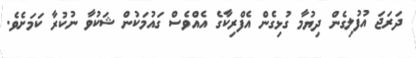
ދަރަޖަ އުފުލިގެން ދިޔުމާ ގުޅިގެން އެފްރިކާގެ އެއްވެސް ގައުމަކުން ޝަކުވާ ނުކުރާ ކަމަށެވެ.